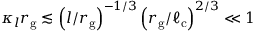
\kappa _ { l } r _ { \mathrm { g } } \lesssim \left( l / r _ { \mathrm { g } } \right) ^ { - 1 / 3 } \left( r _ { \mathrm { g } } / \ell _ { \mathrm { c } } \right) ^ { 2 / 3 } \ll 1